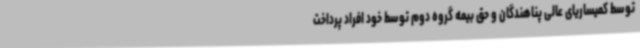
توسط کمیساریای عالی پناهندگان و حق بیمه گروه دوم توسط خود افراد پرداخت